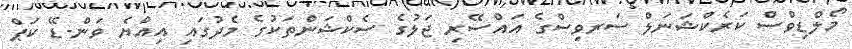
މޯލްޑިވްސް ކަރެކްޝަނަލް ސަރވިސްގެ އައްސޭރި ޖަލުގެ ސެކްޝަންތަކުގެ މެދުގައި އިއްޔެ ވަން-ޑޭ ކަޕް